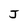
Character: J